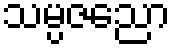
သမ္ပဇညော